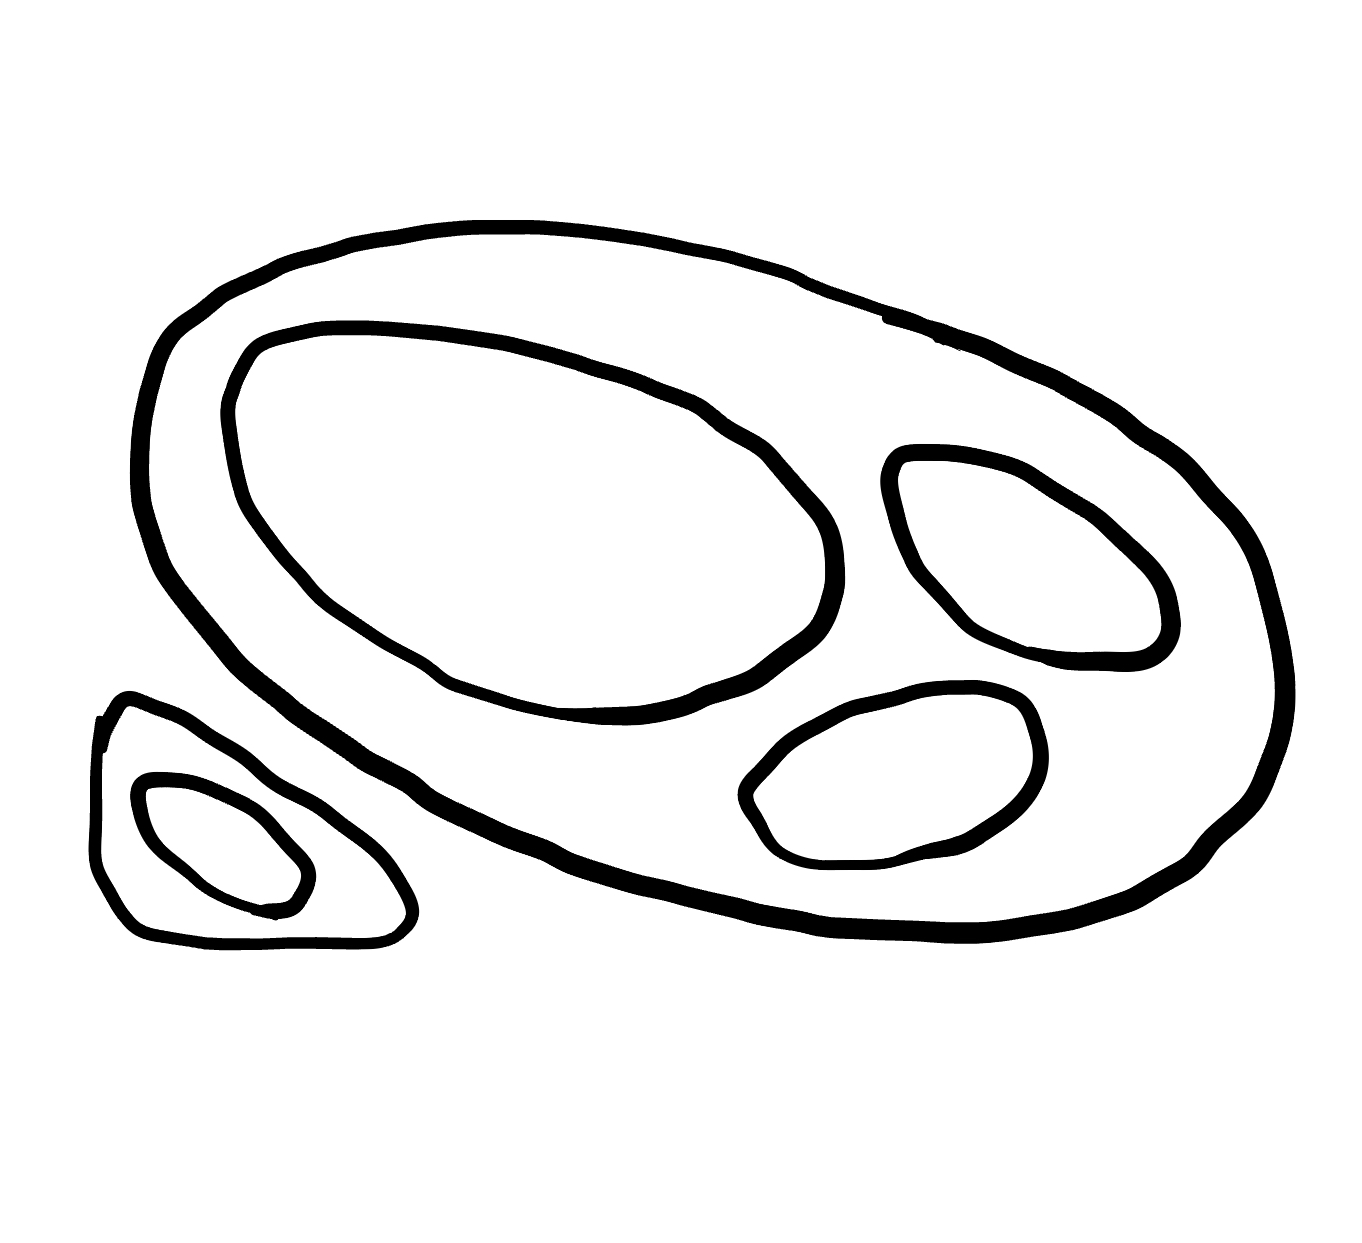
Number of regions (including the outer root region): 7
Containment tree edges (parent, child): 0, 1, 0, 3, 1, 2, 3, 4, 3, 5, 3, 6